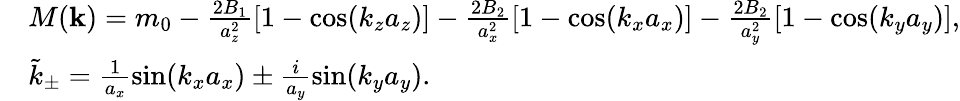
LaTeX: \begin{array}{rl}&{M({\mathbf k})=m_{0}-\frac{2B_{1}}{a_{z}^{2}}[1-\cos(k_{z}a_{z})]-\frac{2B_{2}}{a_{x}^{2}}[1-\cos(k_{x}a_{x})]-\frac{2B_{2}}{a_{y}^{2}}[1-\cos(k_{y}a_{y})],}\\ &{\tilde{k}_{\pm}=\frac{1}{a_{x}}\sin(k_{x}a_{x})\pm\frac{i}{a_{y}}\sin(k_{y}a_{y}).}\end{array}